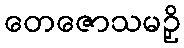
တေဇောသမဉှိ